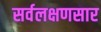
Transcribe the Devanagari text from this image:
सर्वलक्षणसार